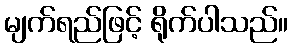
မျက်ရည်ဖြင့် ရိုက်ပါသည်။